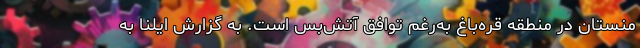
منستان در منطقه قره‌باغ به‌رغم توافق آتش‌بس است. به گزارش ایلنا به